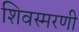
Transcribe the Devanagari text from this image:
शिवस्मरणी